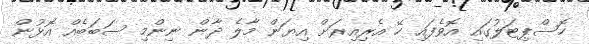
ހޮސްޕިޓަލުގައި އޮވެފައި ހޭ އެރިއިރަށް އިޔަން މާލެ ދާން ނިންމި ސަބަބެއް އޮޅުން